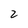
Character: 2